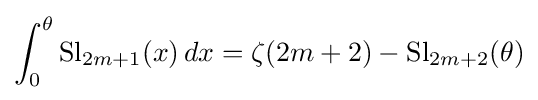
\int _{0}^{\theta }\operatorname {Sl} _{2m+1}(x)\,dx=\zeta (2m+2)-\operatorname {Sl} _{2m+2}(\theta )